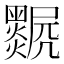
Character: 𤓅